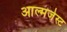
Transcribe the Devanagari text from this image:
आल्मजेस्ट